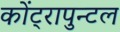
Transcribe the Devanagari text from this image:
कोंट्रापुन्टल